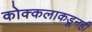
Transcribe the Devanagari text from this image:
कोक्कलाकडूनही